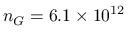
n _ { G } = 6 . 1 \times 1 0 ^ { 1 2 }